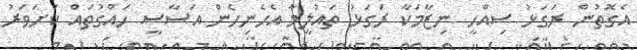
އެގޮތުން ރަގަޅު ސިއްހީ ނިޒާމަކާ ރަގަޅު ތައުލީމާ އެހެނިހެން އަސާސީ ހައްގުތައް ކަށަވަރު